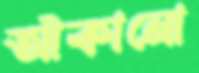
আঁকানো